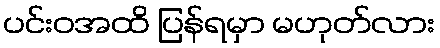
ပင်းဝအထိ ပြန်ရမှာ မဟုတ်လား